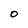
Character: O